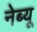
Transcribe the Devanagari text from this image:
नेब्यू